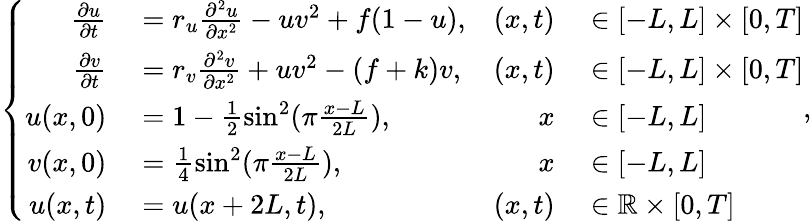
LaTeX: \left\{ \begin{array}{rlrl}{\frac{\partial u}{\partial t}}&{{}=r_{u}\frac{\partial^{2}u}{\partial x^{2}}-uv^{2}+f(1-u),}&{(x,t)}&{{}\in[-L,L]\times[0,T]}\\ {\frac{\partial v}{\partial t}}&{{}=r_{v}\frac{\partial^{2}v}{\partial x^{2}}+uv^{2}-(f+k)v,}&{(x,t)}&{{}\in[-L,L]\times[0,T]}\\ {u(x,0)}&{{}=1-\frac{1}{2}\sin^{2}(\pi\frac{x-L}{2L}),}&{x}&{{}\in[-L,L]}\\ {v(x,0)}&{{}=\frac{1}{4}\sin^{2}(\pi\frac{x-L}{2L}),}&{x}&{{}\in[-L,L]}\\ {u(x,t)}&{{}=u(x+2L,t),}&{(x,t)}&{{}\in\mathbb{R}\times[0,T]}\end{array}\right.,